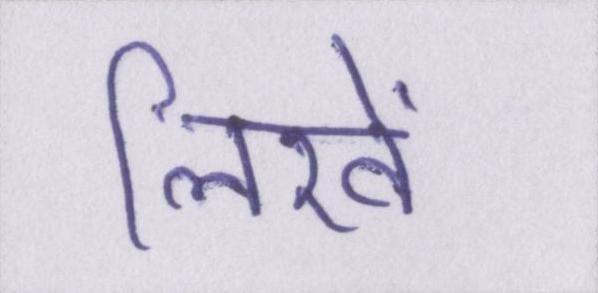
लिखें